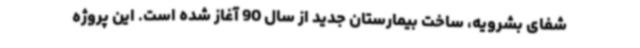
شفای بشرویه، ساخت بیمارستان جدید از سال 90 آغاز شده است. این پروژه